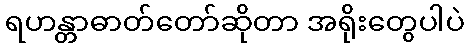
ရဟန္တာဓာတ်တော်ဆိုတာ အရိုးတွေပါပဲ